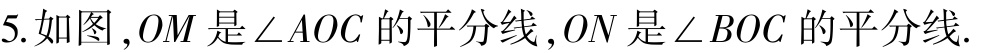
5. 如图，\(OM\)是\(\angle AOC\)的平分线，\(ON\)是\(\angle BOC\)的平分线.